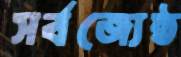
সর্বজ্যেষ্ঠ